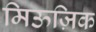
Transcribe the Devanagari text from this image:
मिऊज़िक